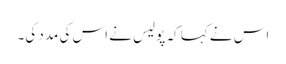
اس نے کہا کہ پولیس نے اس کی مدد کی۔